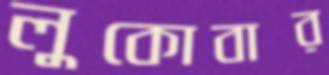
লুকোবার